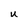
Character: U